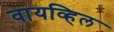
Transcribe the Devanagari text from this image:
वायव्हिल